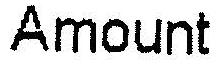
AMOUNT